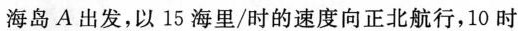
海岛A出发，以15海里/时的速度向正北航行，10时